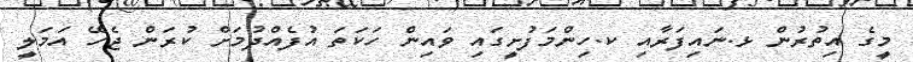
މީގެ އިތުރުން ޅ.ނައިފަރާއި ކ.ހިންމަފުށީގައި ވައިން ހަކަތަ އުފެއްދުމަށް ކުރަން ޖެހޭ އަމަލީ